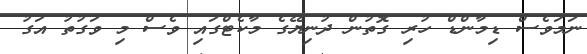
ނަމަވެސް ޑިމާންޑް ހުރި ގޮތުން ދުނިޔޭގެ މާކެޓްގައި ވެސް މި ވަގުތު އަގު